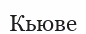
Кьюве